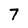
Character: 7